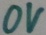
Text: 0V